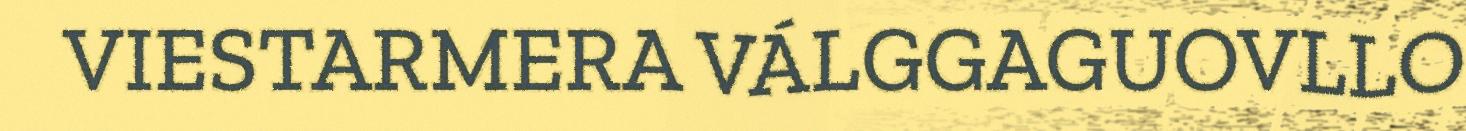
VIESTARMERA VÁLGGAGUOVLLO